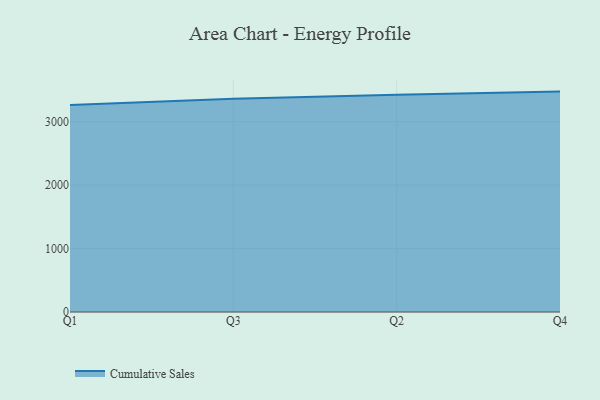
{"axis": {"x": "Quarter", "y": "Gross Profit (USD K)"}, "legend": ["Cumulative Sales"], "data": [{"x": "Q1", "y": 3261.1, "type": "Cumulative Sales"}, {"x": "Q3", "y": 3361.7, "type": "Cumulative Sales"}, {"x": "Q2", "y": 3422.8, "type": "Cumulative Sales"}, {"x": "Q4", "y": 3473.9, "type": "Cumulative Sales"}]}